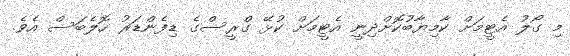
މި ގޯލު އެޓީމަށް ކާމިޔާބުކޮށްދިނީ އެޓީމަށް ކުޅޭ ގްރީސްގެ ޑިފެންޑަރު ހޮލެބަސް އެވެ.